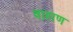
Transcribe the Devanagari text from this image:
वाहाण